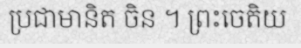
ប្រជាមានិត ចិន ។ ព្រះចេតិយ